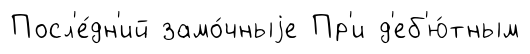
Посл'е́дн'ий замо́чныjе Пр'и д'еб'ю́тным